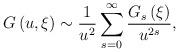
LaTeX: \begin{align*}G\left( {u,\xi }\right) \sim \frac{1}{u^{2}}\sum\limits_{s=0}^{\infty }{\frac{G_{s}\left( \xi \right) }{u^{2s}},} \end{align*}